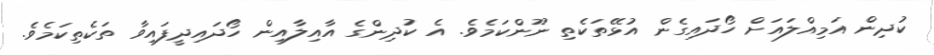
ކުދިން އަމިއްލައަށް ހޯދައިގެން އުޅޭތަކެތި ނޫންކަމެވެ. އެ ކުދިންގެ އާއިލާއިން ހޯދައިދީފައިވާ ތަކެތިކަމެވެ.